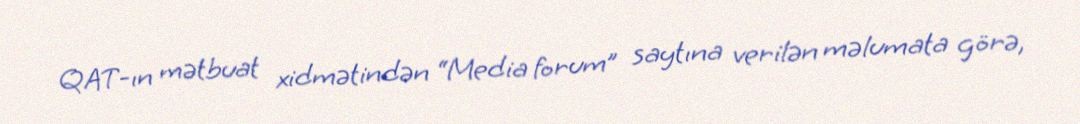
QAT-ın mətbuat xidmətindən “Media forum” saytına verilən məlumata görə,